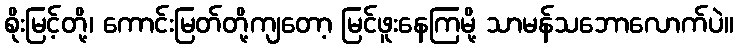
စိုးမြင့်တို့၊ ကောင်းမြတ်တို့ကျတော့ မြင်ဖူးနေကြမို့ သာမန်သဘောလောက်ပဲ။